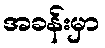
အခန်းမှာ